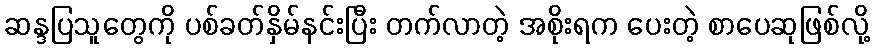
ဆန္ဒပြသူတွေကို ပစ်ခတ်နှိမ်နင်းပြီး တက်လာတဲ့ အစိုးရက ပေးတဲ့ စာပေဆုဖြစ်လို့